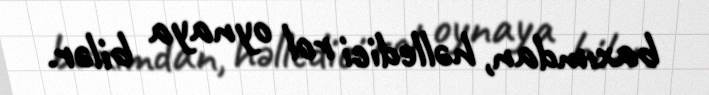
baxımdan, həlledici rol oynaya bilər.